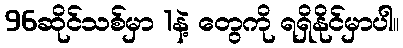
96ဆိုင်သစ်မှာ 1နဲ့ တွေကို ရရှိနိုင်မှာပါ။